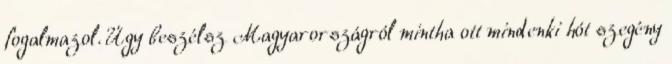
fogalmazol. Úgy beszélsz Magyarországról mintha ott mindenki hót szegény